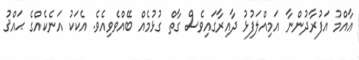
ޢާއްމު އަފުރާދުންނާ އަމިއްލަފުޅު ދާއިރާގައިވެސް ގާތް ގުޅުމެއް ބޭއްވެވިއެވެ. އެކަކު އަނެކެއްގެ ޙައްޤު